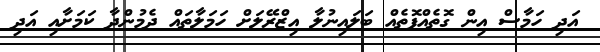
އަދި ހަމާސް އިން ގޮތެއްފޮތެއް ބަލައިނުލާ އިޒްރޭލަށް ހަމަލާތައް ދެމުންދާ ކަމަށާއި އަދި